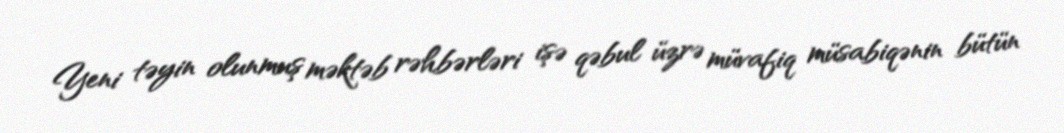
Yeni təyin olunmuş məktəb rəhbərləri işə qəbul üzrə müvafiq müsabiqənin bütün